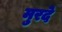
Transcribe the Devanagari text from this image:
मुरदे